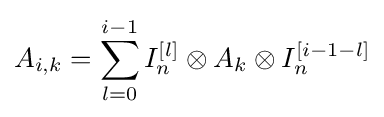
A_{i,k}=\sum _{l=0}^{i-1}I_{n}^{[l]}\otimes A_{k}\otimes I_{n}^{[i-1-l]}